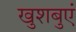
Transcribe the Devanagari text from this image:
खुशबुएं